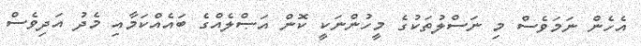
އެހެން ނަމަވެސް މި ނަސްލުތަކުގެ މީހުންނަކީ ކޮން އަޞްލެއްގެ ބައެއްކަމާއި މެދު އަދިވެސް